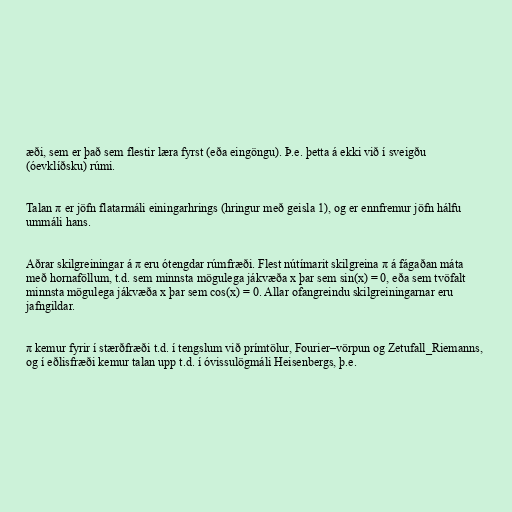
æði, sem er það sem flestir læra fyrst (eða eingöngu). Þ.e. þetta á ekki við í sveigðu
(óevklíðsku) rúmi.

Talan π er jöfn flatarmáli einingarhrings (hringur með geisla 1), og er ennfremur jöfn hálfu
ummáli hans.

Aðrar skilgreiningar á π eru ótengdar rúmfræði. Flest nútímarit skilgreina π á fágaðan máta
með hornaföllum, t.d. sem minnsta mögulega jákvæða x þar sem sin(x) = 0, eða sem tvöfalt
minnsta mögulega jákvæða x þar sem cos(x) = 0. Allar ofangreindu skilgreiningarnar eru
jafngildar.

π kemur fyrir í stærðfræði t.d. í tengslum við prímtölur, Fourier–vörpun og Zetufall_Riemanns,
og í eðlisfræði kemur talan upp t.d. í óvissulögmáli Heisenbergs, þ.e.